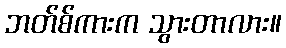
ဘတ်စ်ကားက သွားတာလား။